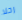
رحلا